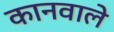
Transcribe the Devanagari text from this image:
कानवाले